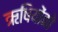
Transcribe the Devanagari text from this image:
ऋषियोंको